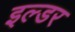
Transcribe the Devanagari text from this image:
इल्डर